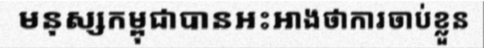
មនុស្សកម្ពុជាបានអះអាងថាការចាប់ខ្លួន